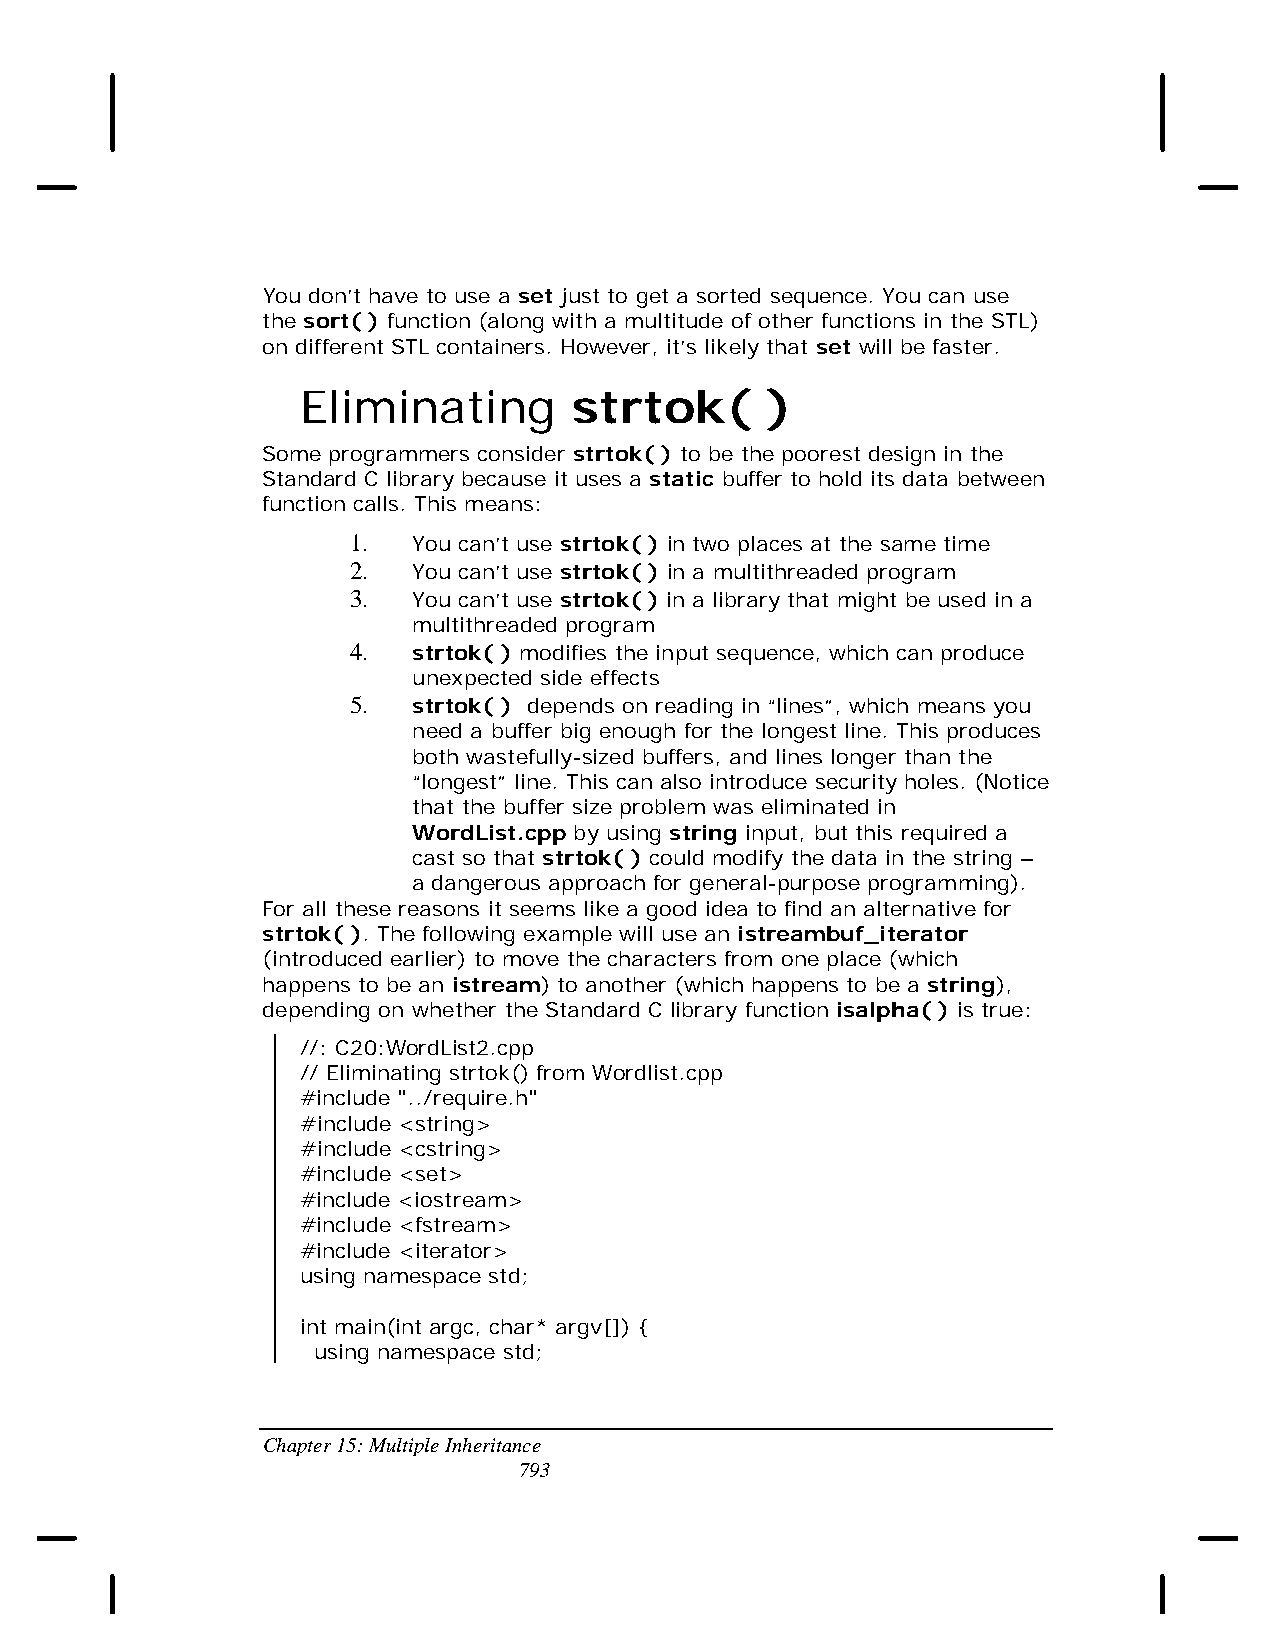
You don’t have to use a set just to get a sorted sequence. You can use
 the sort( ) function (along with a multitude of other functions in the STL)
 on different STL containers. However, it’s likely that set will be faster.
 Eliminating       strtok(      )
 Some programmers consider strtok( ) to be the poorest design in the
 Standard C library because it uses a static buffer to hold its data between
 function calls. This means:
 1.  You can’t use strtok( ) in two places at the same time
 2.  You can’t use strtok( ) in a multithreaded program
 3.  You can’t use strtok( ) in a library that might be used in a
 multithreaded program
 4.  strtok( ) modifies the input sequence, which can produce
 unexpected side effects
 5.  strtok( ) depends on reading in “lines”, which means you
 need a buffer big enough for the longest line. This produces
 both wastefully-sized buffers, and lines longer than the
 “longest” line. This can also introduce security holes. (Notice
 that the buffer size problem was eliminated in
 WordList.cpp by using string input, but this required a
 cast so that strtok( ) could modify the data in the string –
 a dangerous approach for general-purpose programming).
 For all these reasons it seems like a good idea to find an alternative for
 strtok( ). The following example will use an istreambuf_iterator
 (introduced earlier) to move the characters from one place (which
 happens to be an istream) to another (which happens to be a string),
 depending on whether the Standard C library function isalpha( ) is true:
 //: C20:WordList2.cpp
 // Eliminating strtok() from Wordlist.cpp
 #include "../require.h"
 #include <string>
 #include <cstring>
 #include <set>
 #include <iostream>
 #include <fstream>
 #include <iterator>
 using namespace std;
 int main(int argc, char* argv[]) {
 using namespace std;
 Chapter 15: Multiple Inheritance
 793